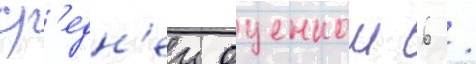
ср'едн'еи оценкои 6 /